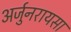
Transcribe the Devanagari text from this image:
अर्जुनरायसा